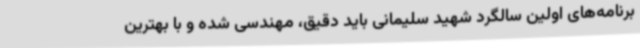
برنامه‌های اولین سالگرد شهید سلیمانی باید دقیق، مهندسی شده و با بهترین